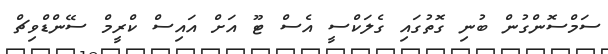
ސަމްސޮންގުން ބުނި ގޮތުގައި ގެލަކްސީ އެސް ޓޫ އަށް އައިސް ކްރީމް ސޭންޑްވިޗް